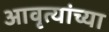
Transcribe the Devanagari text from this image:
आवृत्यांच्या